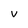
Character: v